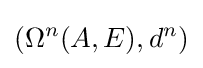
(\Omega ^{n}(A,E),d^{n})